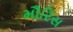
મૌરિસ